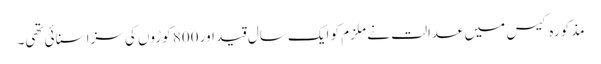
مذکورہ کیس میں عدالت نے ملزم کو ایک سال قید اور 800 کوڑوں کی سزا سنائی تھی۔